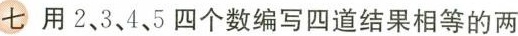
七 用2、3、4、5四个数编写四道结果相等的两